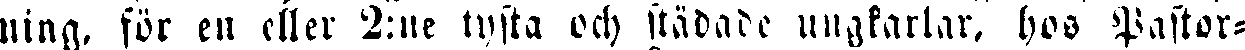
ning, för en eller 2:ne tysta och städade ungkarlar, hos Pastor-